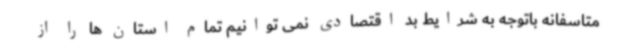
متاسفانه باتوجه به شرایط بد اقتصادی نمی توانیم تمام استان ها را از